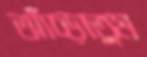
আঁচ্‌ড়াতুম